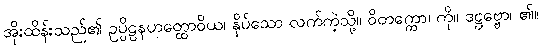
အိုးထိန်းသည်၏ ဥပ္ပိဠနဟတ္ထောဝိယ၊ နှိပ်သော လက်ကဲ့သို့။ ဝိတက္ကော၊ ကို။ ဒဋ္ဌဗ္ဗော၊ ၏။